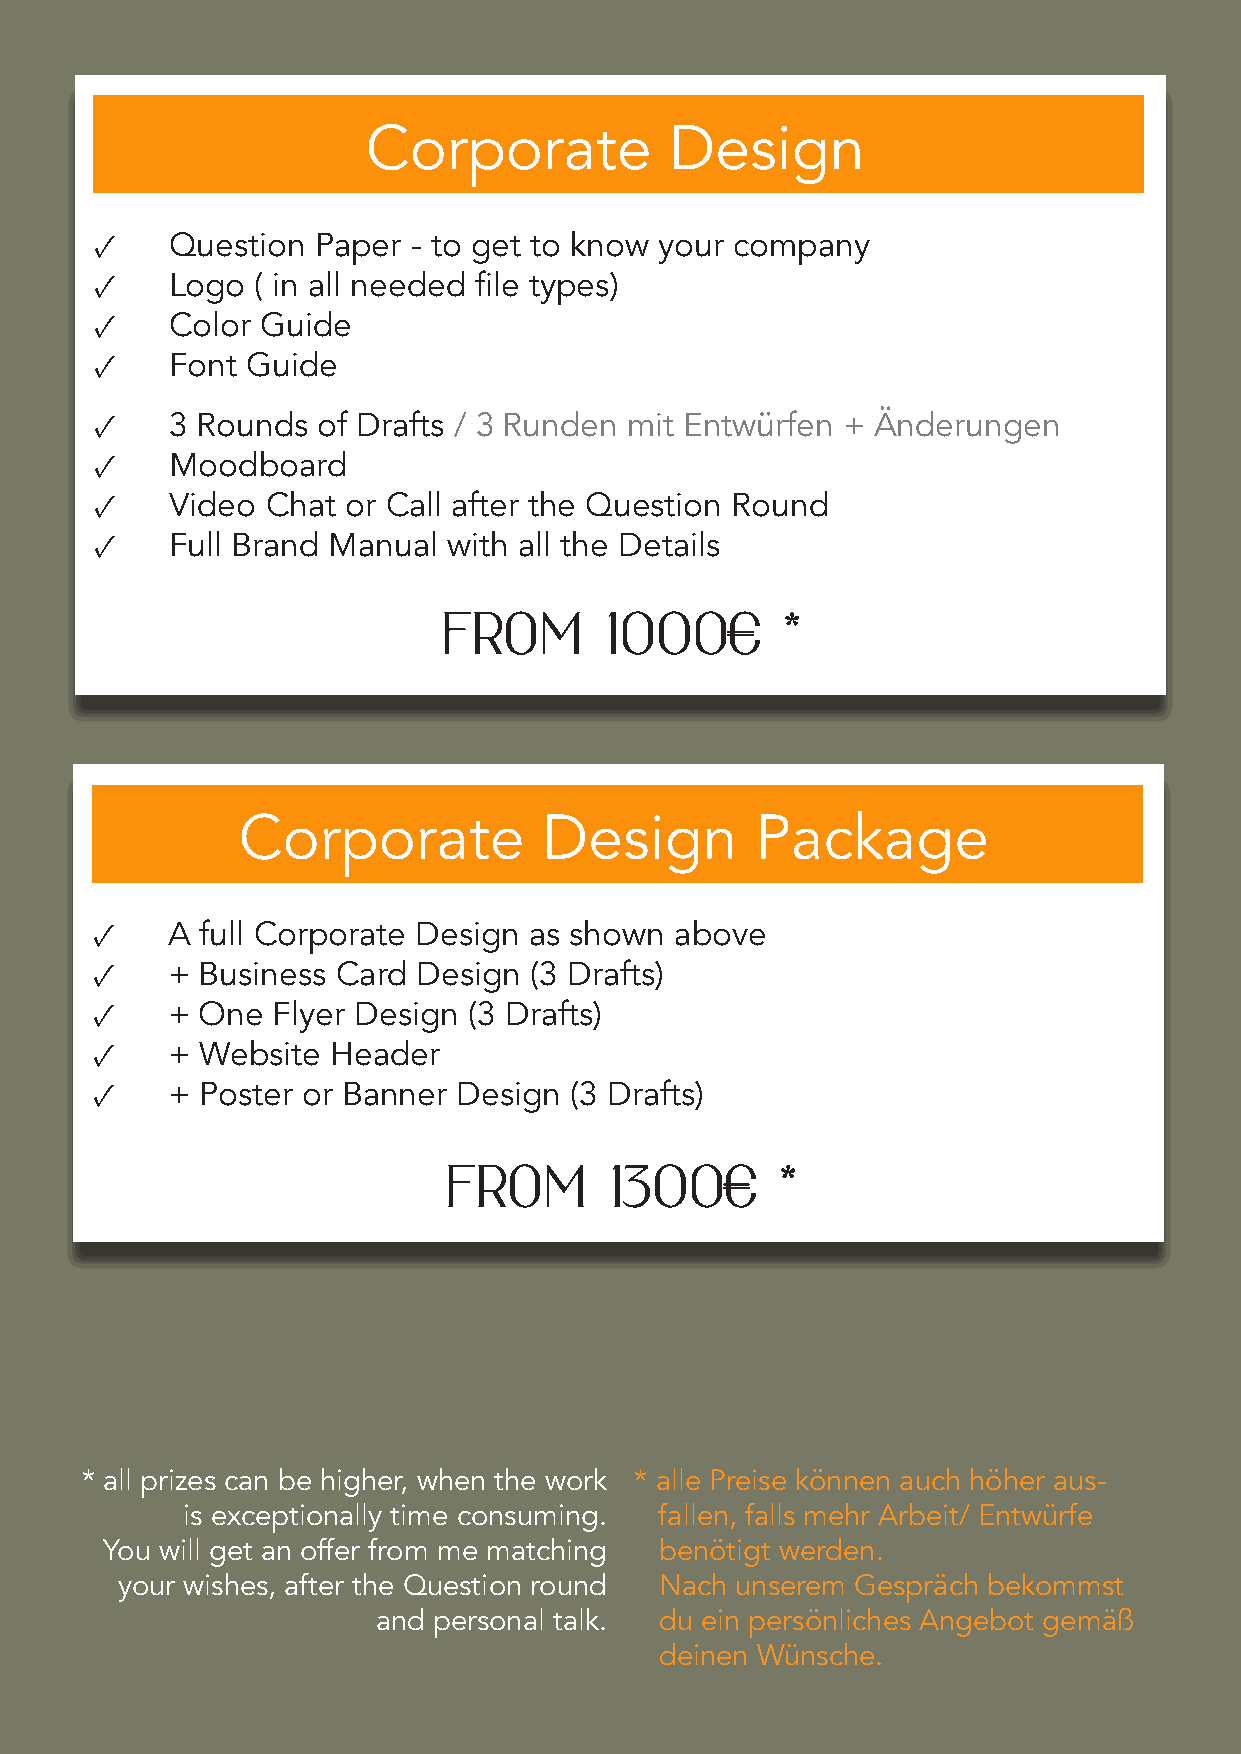
Corporate           Design
 ✓    Question  Paper - to get to know your company
 ✓    Logo  ( in all needed file types)
 ✓    Color Guide
 ✓    Font Guide
 ✓    3 Rounds  of Drafts / 3 Runden mit Entwürfen + Änderungen
 ✓    Moodboard
 ✓    Video  Chat or Call after the Question Round
 ✓    Full Brand Manual  with all the Details
 from       1000€       *
 Corporate           Design        Package
 ✓    A full Corporate Design as shown  above
 ✓    + Business Card  Design (3 Drafts)
 ✓    + One  Flyer Design (3 Drafts)
 ✓    + Website  Header
 ✓    + Poster or Banner Design  (3 Drafts)
 from       1300€       *
 * all prizes can be higher, when the work * alle Preise können auch höher aus-
 is exceptionally time consuming. fallen, falls mehr Arbeit/ Entwürfe
 You will get an offer from me matching benötigt werden.
 your wishes, after the Question round Nach unserem Gespräch bekommst
 and personal talk. du ein persönliches Angebot gemäß
 deinen Wünsche.